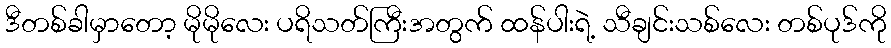
ဒီတစ်ခါမှာတော့ မိုမိုလေး ပရိသတ်ကြီးအတွက် ထန်ပါးရဲ့ သီချင်းသစ်လေး တစ်ပုဒ်ကို